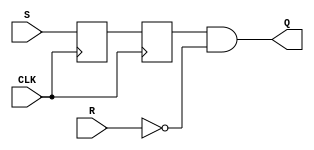
module SR_flip_flop(
    input wire S, R, CLK,
    output reg Q
);

reg Q_master, Q_slave;

always @(posedge CLK) begin
    Q_master <= S;
    Q_slave <= Q_master;
end

assign Q = Q_slave & ~R;

endmodule